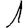
Digit: 1